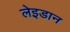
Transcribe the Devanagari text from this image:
लेइडान